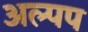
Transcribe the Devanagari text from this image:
अल्पप